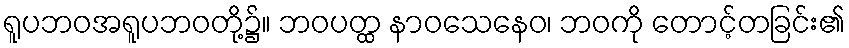
ရူပဘဝအရူပဘဝတို့၌။ ဘဝပတ္ထ နာဝသေနေဝ၊ ဘဝကို တောင့်တခြင်း၏